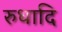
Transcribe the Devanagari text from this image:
रुधादि